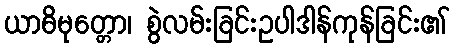
ယာဓိမုတ္တော၊ စွဲလမ်းခြင်းဥပါဒါန်ကုန်ခြင်း၏